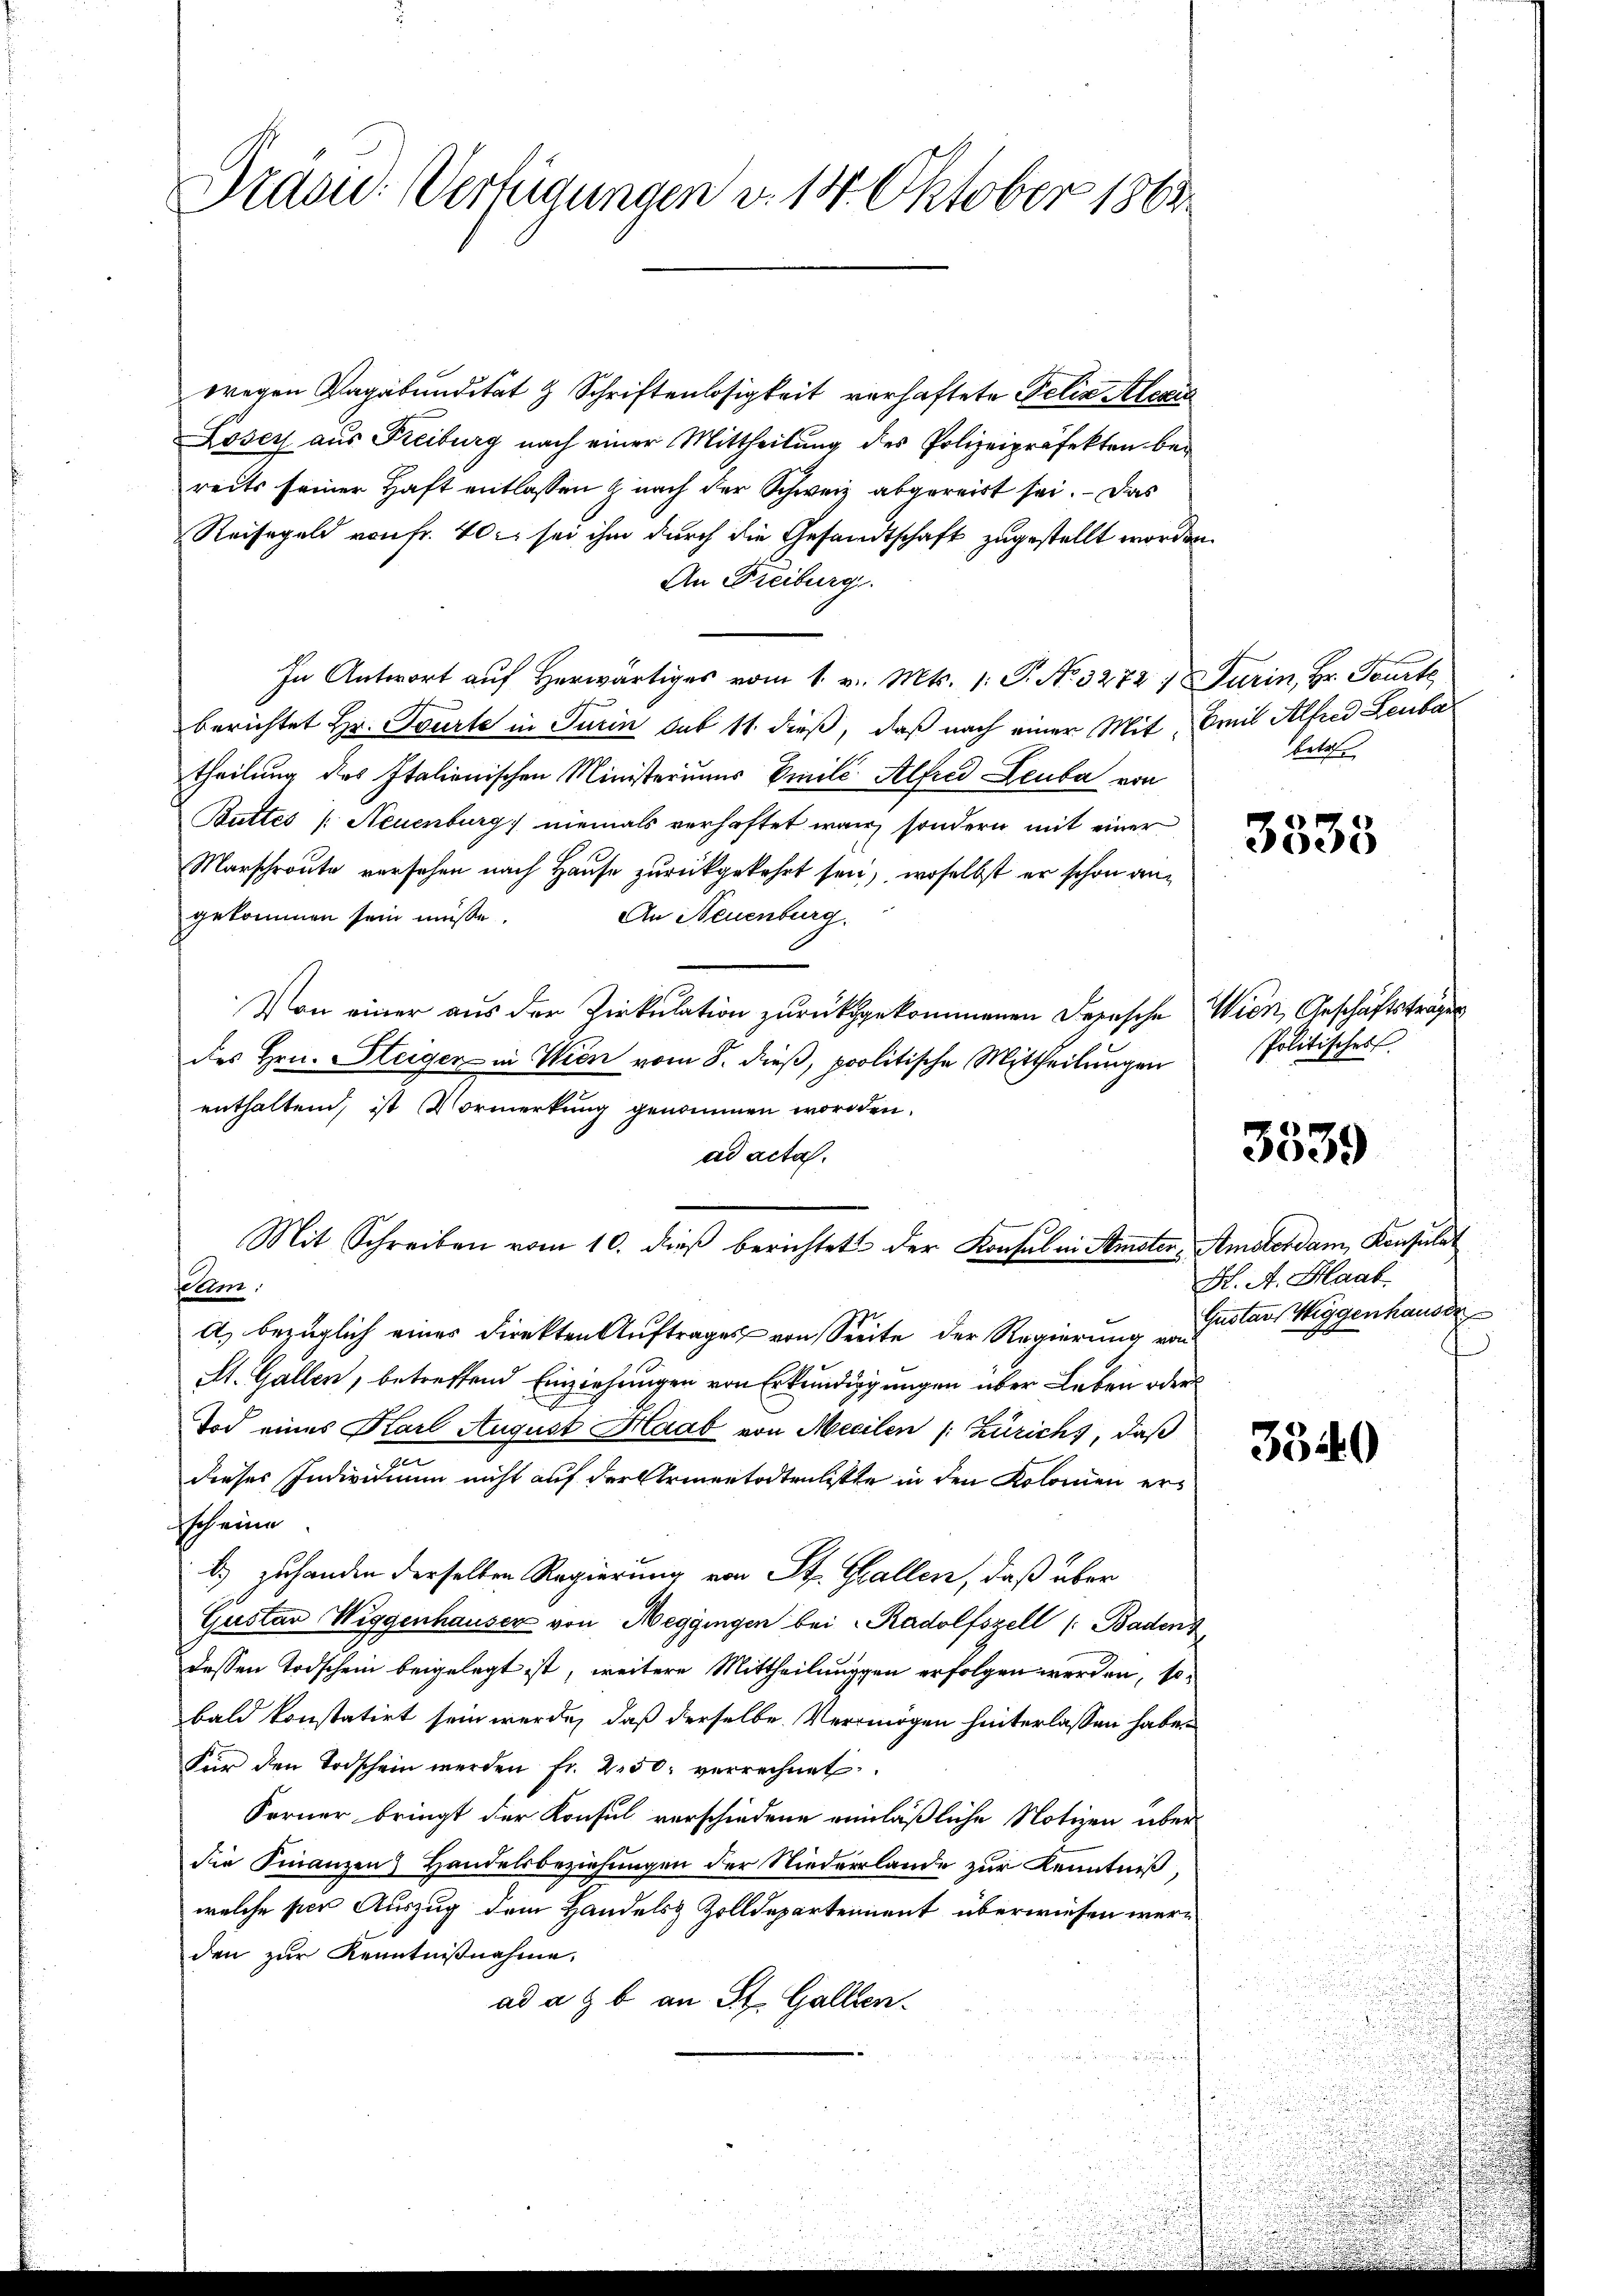
Trasu: Verfügungen v. 14. Oktober 1863.

wregen Vagabundität & Schriftenlosigkeit verhaftete Felix Alexis
Losey aus Freiburg nach einer Mittheilung des Polizeipräfekten bei
reits seiner Haft entlassen & nach der Schweiz abgereit sei. Das
Reisegeld von fr. 40. sei ihm durch die Gesandtschaft zugestellt worden.
An Freiburg.
In Antwort auf Herr vom 1. v. Mts. 1. P. No. 3272 7 Furin, Hr. Fourte
berichtet Hr. Tourte in Turin sub 11 dieß, daß nach einer Mit Emil Alfred Leuba
theilung des Italienischen Ministeriums Emilé Alfred Leuba von
Buttes /: Neuenburg, niemals verhaftet war, sondern mit einer
Marschroute versehen nach Hause zurückgekehrt sei, woselbst er schon an¬
An Neuenburg.
gekommen sein müsse.
Von einer aus der Zirkulation zurückgekommenen Depesche Wien, Geschäftsträger
des Hrn. Steiger in Wien vom 8. dieß, politische Mittheilungen
enthaltend, ist Vormerkung genommen worden.
ad acta.
Mit Schreiben vom 10. dieβ berichtet der Konsula Amster, Amsterdam Konsulat
selem.
A) bezüglich einer Direkten Auftrages von Seite der Regierung von
St. Gallen, betreffend Einziehungen von Erkundigungen über Leben oder
Tod eines Karl August Haab von Meeilen (: Zürichs, daß
dieses Individium nicht auf der Armentodtenliste in den Kolonien er¬
Ich eine
b.) Zuhanden derselben Regierung von St. Gallen, daß über
Gustav Wiggenhauser von Heggingen bei Radolfszell ( Badens
dessen Todschein beigelegt ist, weitere Mittheilungen erfolgen werden, sobald konstatirt sein werde, daß derselbe Vermögen hinterlassen habe.
Für den Todschein werden fr. 250. verrechnet
Ferner bringt der Konsul verschiedene einläßliche Notizen über
die Finanzen Handelsbeziehungen der Niederlande zur Kenntniß,
welche per Auszug dem Handels Zolldepartement überwiesen werden zur Kenntnißnahme.
ad a. b. an St. Gallen.

betr

3535

Politisches
H. A. Haab
Gustaus Wiggenhauser

3539

3340